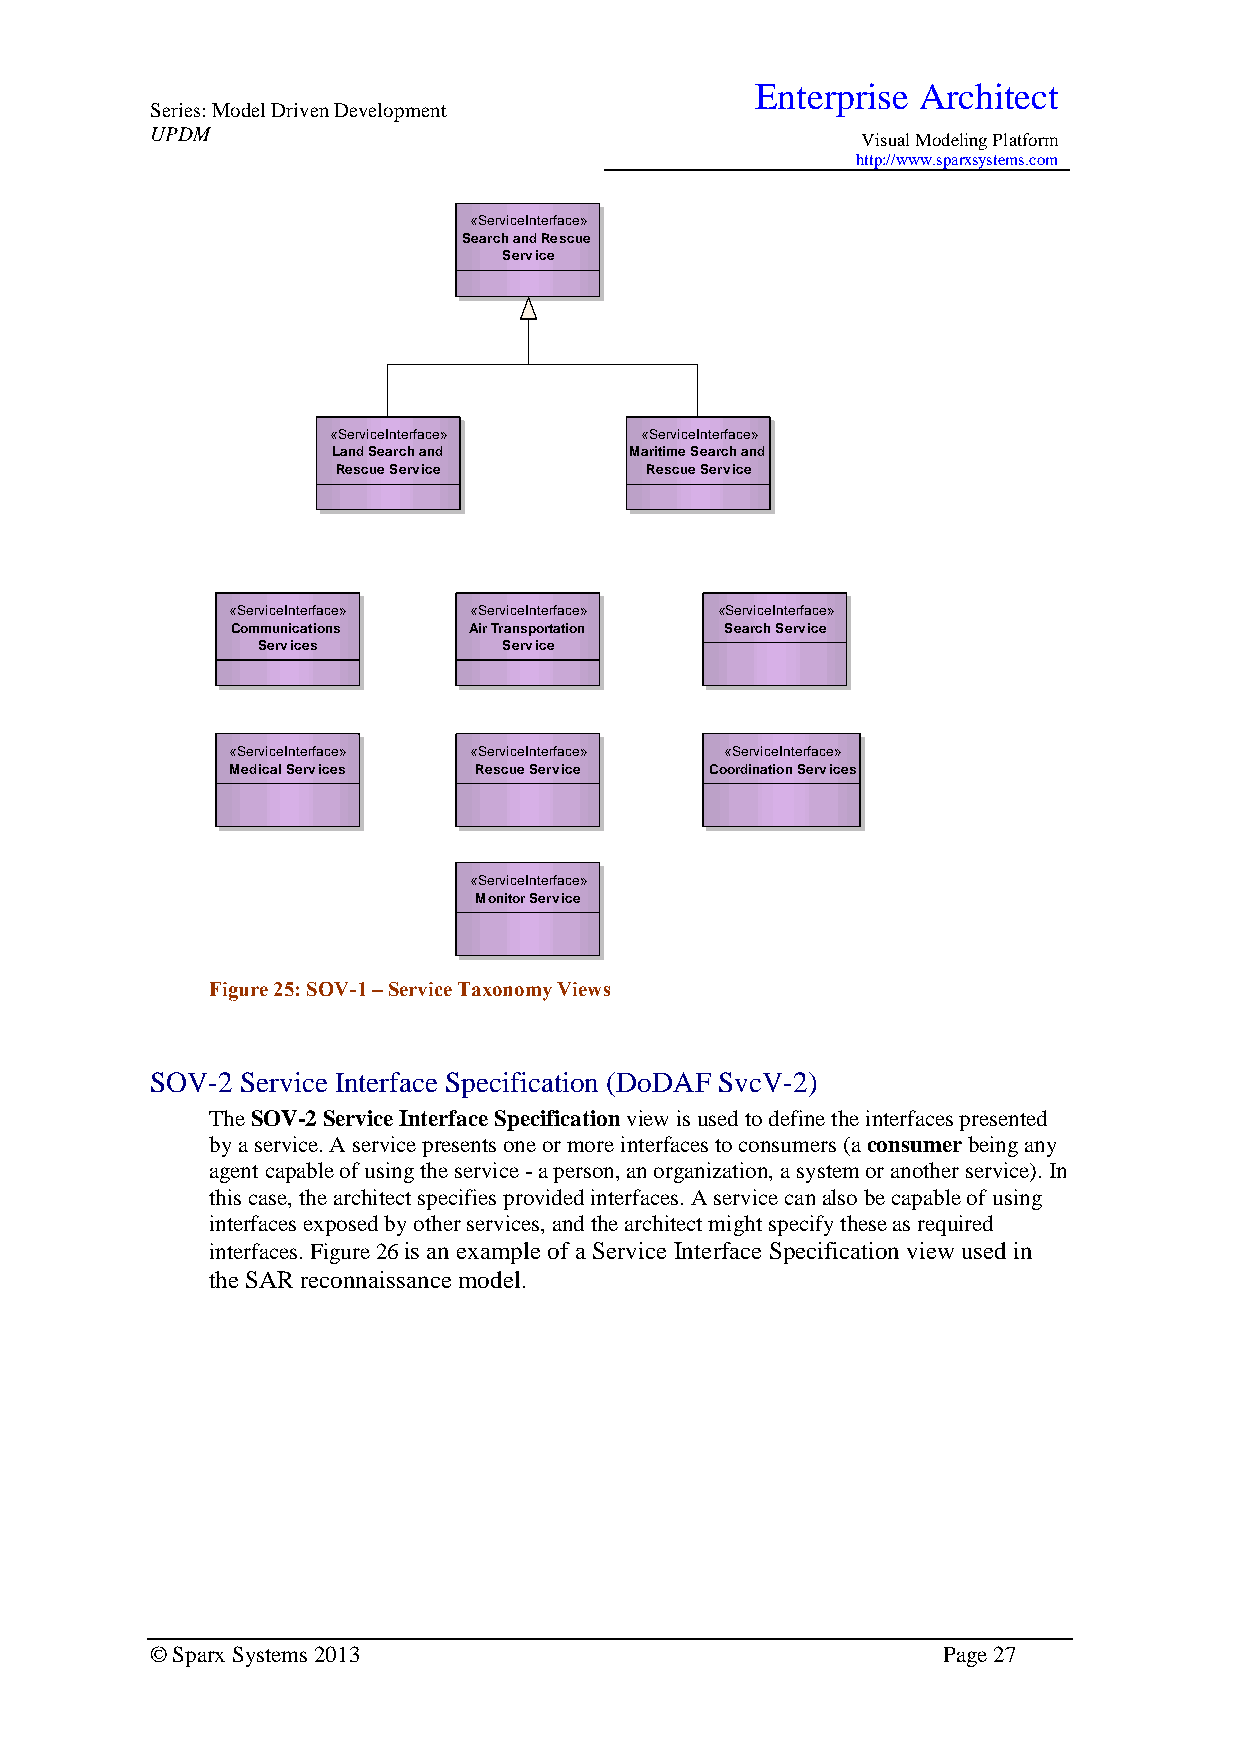
Enterprise Architect
 Series: Model Driven Development
 UPDM
 Visual Modeling Platform
 http://www.sparxsystems.com
 «ServiceInterface»
 Search and Rescue
 Service
 «ServiceInterface»  «ServiceInterface»
 Land Search and     Maritime Search and
 Rescue Service       Rescue Service
 «ServiceInterface» «ServiceInterface» «ServiceInterface»
 Communications  Air Transportation Search Service
 Services        Service
 «ServiceInterface» «ServiceInterface» «ServiceInterface»
 Medical Services Rescue Service Coordination Services
 «ServiceInterface»
 Monitor Service
 Figure 25: SOV-1 – Service Taxonomy Views
 SOV-2 Service Interface Specification (DoDAF SvcV-2)
 The SOV-2 Service Interface Specification view is used to define the interfaces presented
 by a service. A service presents one or more interfaces to consumers (a consumer being any
 agent capable of using the service - a person, an organization, a system or another service). In
 this case, the architect specifies provided interfaces. A service can also be capable of using
 interfaces exposed by other services, and the architect might specify these as required
 interfaces. Figure 26 is an example of a Service Interface Specification view used in
 the SAR reconnaissance model.
 © Sparx Systems 2013                                Page 27